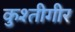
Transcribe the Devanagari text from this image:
कुश्तीगीर